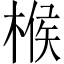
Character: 㮢